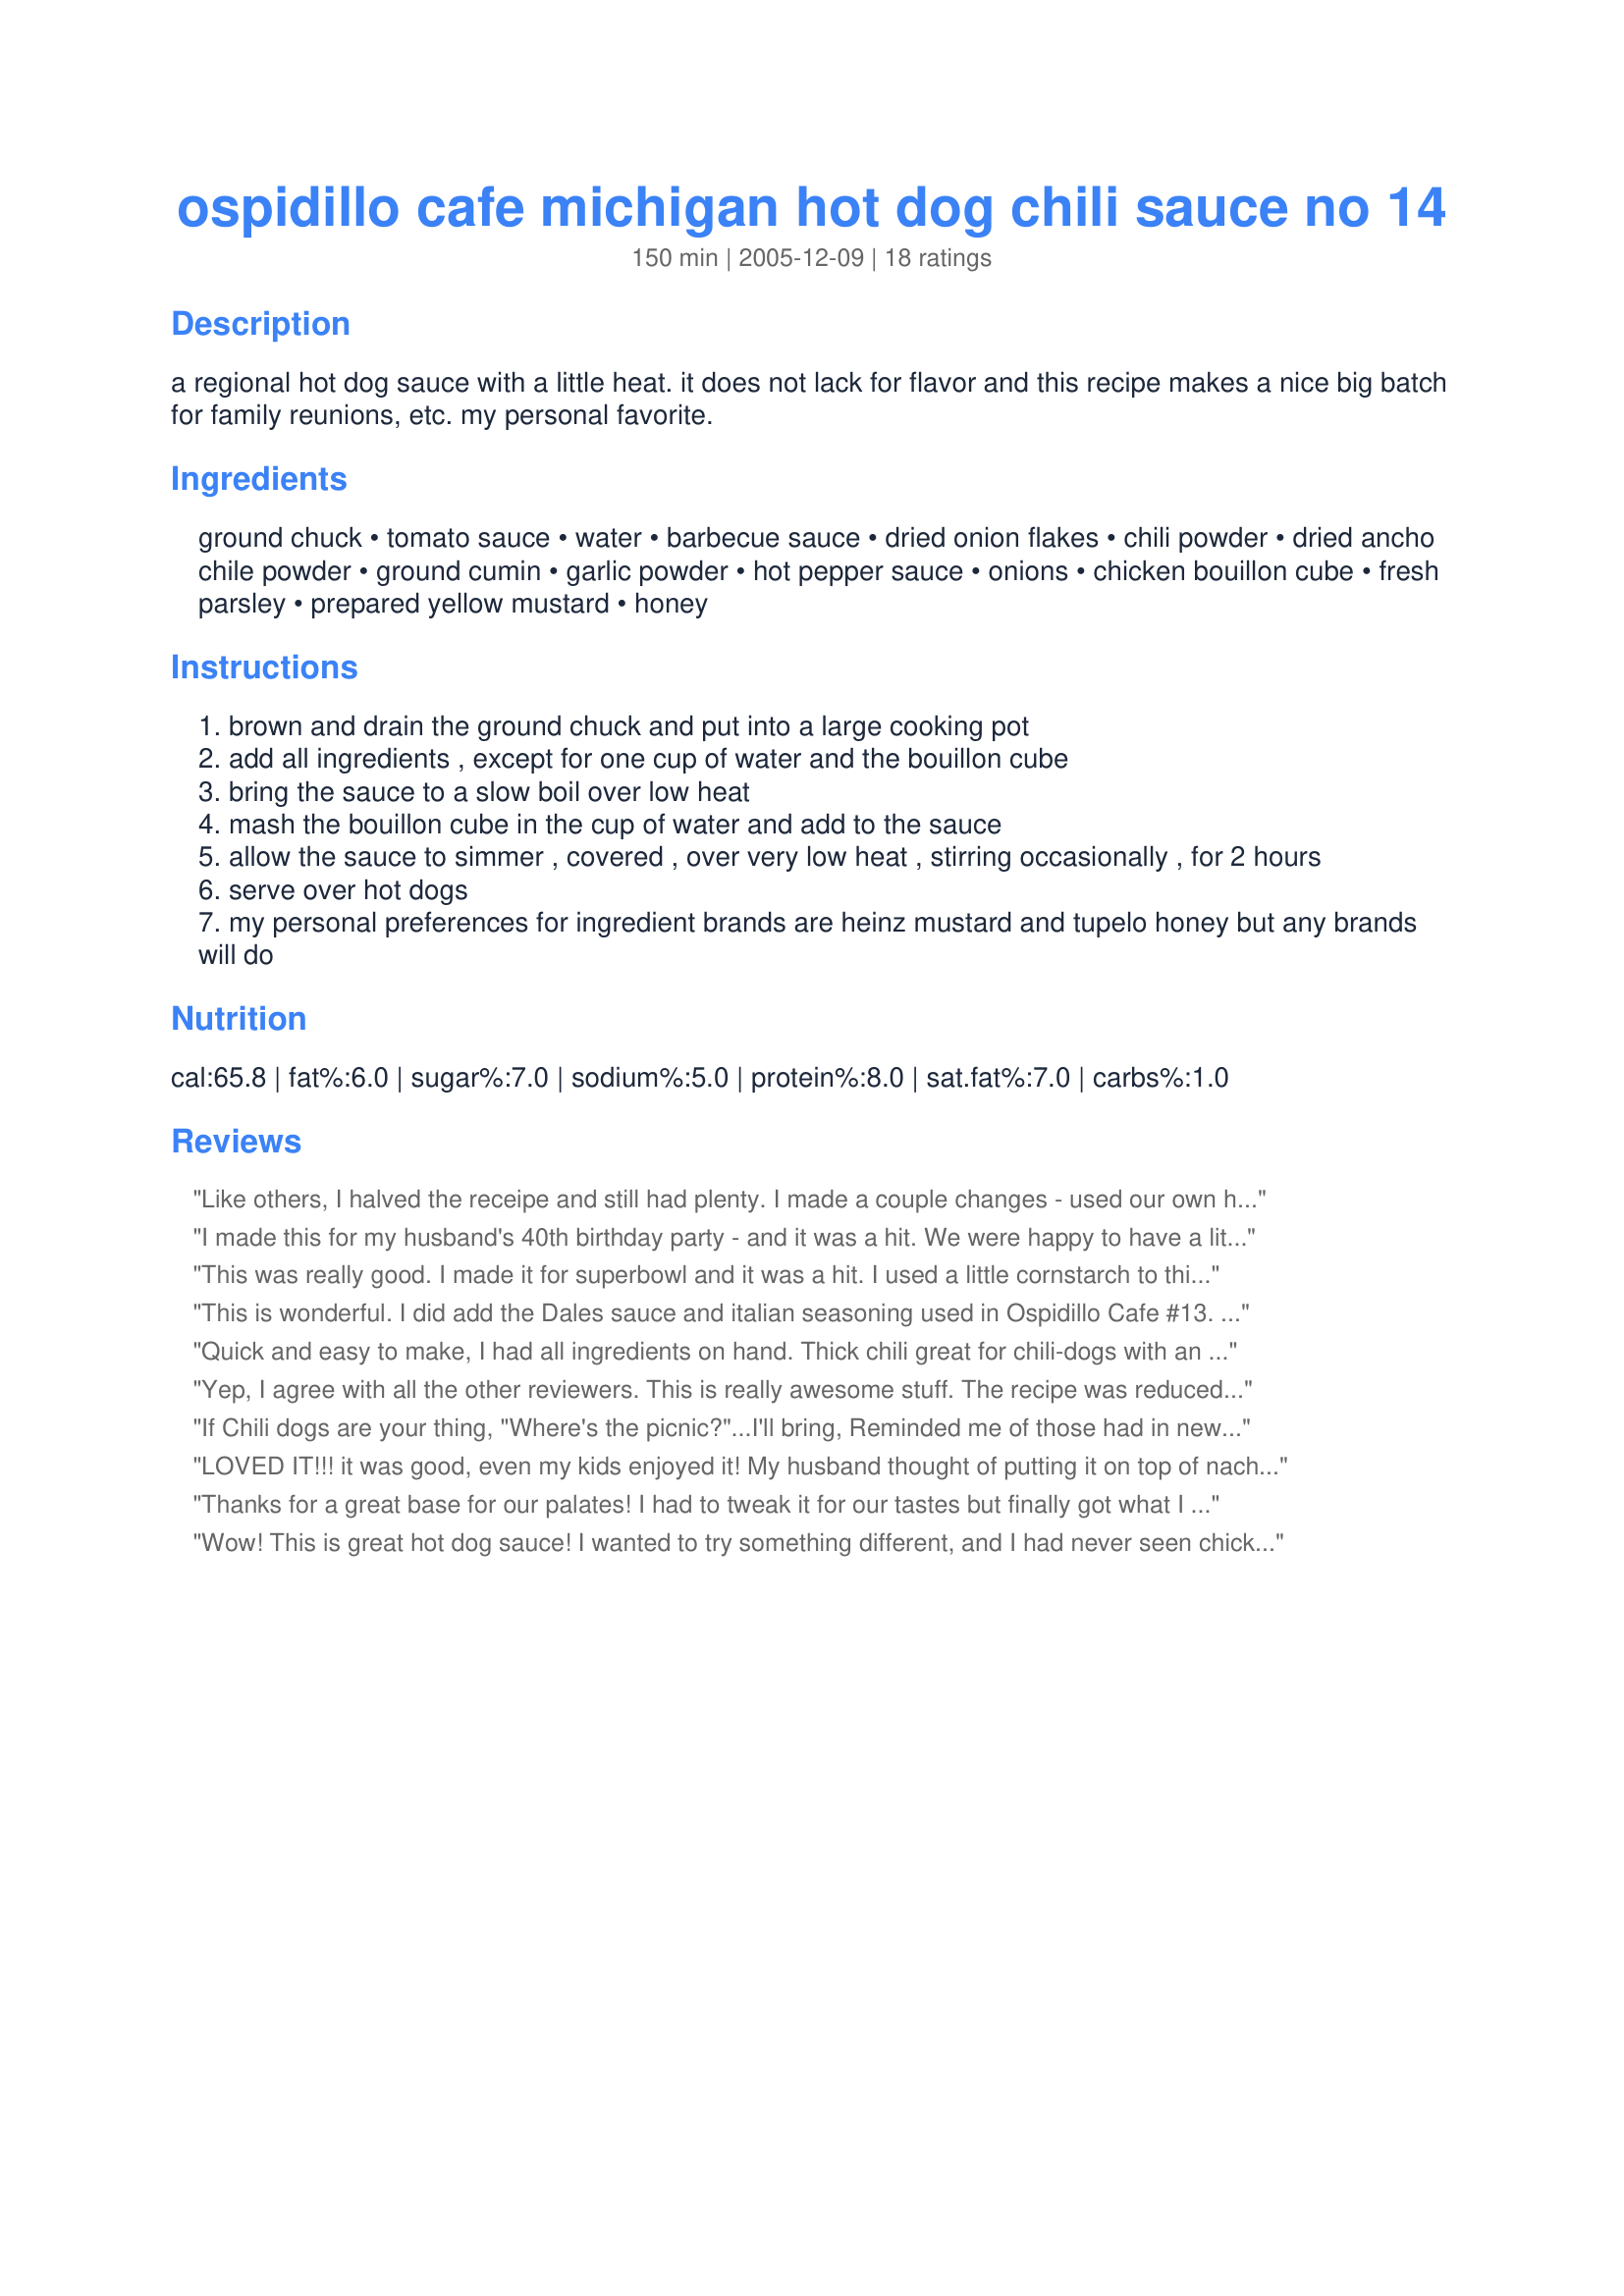
ospidillo cafe michigan hot dog chili sauce no 14
Preparation time: 150 minutes

a regional hot dog sauce with a little heat. it does not lack for flavor and this recipe makes a nice big batch for family reunions, etc. my personal favorite.

Ingredients:
ground chuck, tomato sauce, water, barbecue sauce, dried onion flakes, chili powder, dried ancho chile powder, ground cumin, garlic powder, hot pepper sauce, onions, chicken bouillon cube, fresh parsley, prepared yellow mustard, honey

Steps:
brown and drain the ground chuck and put into a large cooking pot
add all ingredients , except for one cup of water and the bouillon cube
bring the sauce to a slow boil over low heat
mash the bouillon cube in the cup of water and add to the sauce
allow the sauce to simmer , covered , over very low heat , stirring occasionally , for 2 hours
serve over hot dogs
my personal preferences for ingredient brands are heinz mustard and tupelo honey but any brands will do

Reviews:
Like others, I halved the receipe and still had plenty. I made a couple changes - used our own home-grown tomatoes & a bit of puree instead of tomato sauce and added smoked paprika and used fresh garlic and added a splash of worchester sauce (which I add to most tomato based things). It worked well with the dogs - unfortunately in Scotland we can only get bog-standard thin, prepackaged hotdogs, no proper Chicago style or similar, but it still made a good meal. And the chilli sauce can stand on its own as chilli, I think.
I made this for my husband's 40th birthday party - and it was a hit. We were happy to have a little leftover for ourselves - and hot dogs to spare. Very tasty and will make again - it does make a BIG batch. The only changes/modifications I made were: I used ground round, I doubled the hot pepper sauce, and I used a potato masher to even out the consistency. I cooled it and froze it and it reheated quite well. Thank you, thank you.
This was really good. I made it for superbowl and it was a hit.
I used a little cornstarch to thicken it up (i like my chil thick) and then we used it on hot dogs and for nachos. I used ground turkey and it came out great! Wasn't hot at all though.
This is wonderful. I did add the Dales sauce and italian seasoning used in Ospidillo Cafe #13. DH tasted it before it even had a chance to simmer and raved about it. I used three pounds of meat and increased the spices accordingly because I am going to can it. I have a feeling we will be eating a lot of hot dogs.
Quick and easy to make, I had all ingredients on hand. Thick chili great for chili-dogs with an awesome flavor.
Yep, I agree with all the other reviewers. This is really awesome stuff. The recipe was reduced substantially. Next time I may just make a full batch and freeze it. After getting into the recipe I realized I didn't have chicken bouillon cubes so left those out. After doing a taste taste, I did add in a pinch of salt and some freshly ground pepper. Made for the Diabetic Forum and the 2nd Annual Tailgate Party.
If Chili dogs are your thing,
"Where's the picnic?"...I'll bring,
Reminded me of those had in new York, TRUE!
Didn't have dried ancho powder..used a double dose of HOT Cayenne pepper too!
LOVED IT!!! it was good, even my kids enjoyed it! My husband thought of putting it on top of nachos and it was wondderful!Thank you thank you for posting, it was absolutely wonderful!
Thanks for a great base for our palates! I had to tweak it for our tastes but finally got what I was looking for. since this was my first time i decreased the recipe by half on the amounts originally. I cooked the onion with the meat, drained it well then let it spin around the food processor a few times to thin out the meat much like the canned chili consistency. I used a 15 oz can of tomato sauce, increased the chili powders, garlic powder, cumin, hot sauce and mustard. I added 1/2t salt and 2 T worcestershire. of course I made the recipe as written but kept adding alittle more of this and that and tasting until I was satisfied. finally got what I wanted without to much variation. the original just didn't pack the flavor I was looking for but it was still good. By the way my 1/2 sized recipes made just over 4 cups of chili. I froze it by cup fulls for later use. next time we will double the recipe. and maybe I will try fresh garlic to pack a bigger flavor. Thanks for sharing this!
Wow! This is great hot dog sauce! I wanted to try something different, and I had never seen chicken bouillon or honey in hot dog sauce before. We will definitely make this again! Thanks from another Scioto County native!
For years I have yearned to be reunited with a very special food...something we Hoosiers call "spanish sauce". I grew up in a small northern Indiana town and we had 3 drive-in hot dog stands...all unique in their own way. Spanish dogs were just a way of life there. Each of these family-owned hot dog stands had their very own special home-made family recipe sauce and albiet close, each had it's own special taste...but all were great in their own way. Some people were only "west end" sauce eaters...others strictly "east end". Then there were those "south side" saucies who dared to cross the tracks to the other side and away from the "standard" sauce of the region. I know it sounds silly...but hot dog sauce was serious where I grew up. MY POINT?? I haven't lived in my home town for almost 20 years now...going back only now and then at which time we absolutely do not miss the opportunity to stop and get some spanish dogs. I DON'T HAVE TO EVER WAIT TO GO HOME AGAIN!! I have attempted 4 other times with recipes that I thought might be a good substitute only to be disappointed. YOU, my dear dear fellow zaarian, have hit the proverbial nail on the head! It is not 100%...but let me tell you...99.99876% doesn't get any closer..and we'll take it!! Ironically...that's the glory of dog sauce. Each is unique in it's own way and yours falls right into place. 

The night I made this my husband and I sat at the table with our plate of dogs and not a word was spoken. That said it all!! With the exception of the ancho chili powder, which I could not find for my first batch but will for future batches, I followed your recipe word for word. The one thing I did as far as technique was to take my stick blender (motor boat thingy) and make the sauce a smoother consistency to mimic our favorite "south side" sauce from back home. For anyone who wishes to partake in the glory of this dog sauce, may I suggest the traditional long skinnies (type of dog) and very hot steamed buns (slightly open buns, cut side down, wrapped in a kitchen towel on top of a cooling rack that you have placed over the pot of boiling dogs). 

So, in a nutshell I apologize for the book-length review, but there was really no other way to express to you our gratitude for your fantastic "dog sauce" recipe. My freezer will never be without it for the rest of my cooking life! Thanks again for your great "trip down memory lane" recipe! :)
AWESOME sauce!! we all loved it. Thanks bunches for the recipe!
Wonderful hot dog sauce...my BF thought this was just great. Will make again. Thanks!
WONDERFUL! Similar to another reviewer, I also grew up in Indiana. This sauce is so delicious, and reminds me of when I was young and my mom always wanted "real" chili dogs. The sauce is fantastic! The only thing I added was a bit of brown sugar- my bbq sauce wasn't too sweet. It is great! Thanks so much for sharing.
It tasted great, just enough heat in it! thank you!
Just made this recipe and it is great!! The only thing I did different was I added 1 Tbsp. tomato paste to thicken. I couldn't wait the 2 hours for it to thicken. Also I add 1 more tsp. garlic powder. Thanks can't wait to try it on nachos!!
Fantastic chili sauce! My whole family loved it!&lt;br/&gt;Thank you so much for the recipe!!!
YUMMMMMMMY! made this yesterday and left it in the fridge overnight to blend the flavors. I served the sauce today on jumbo hotdogs, then topped them off with onions. I used yellow onions in the sauce and LOTS of fresh garlic in place of garlic powder, added in hot chili flakes for more heat and omitted the parsley, just delicious! thanks Bone Man, we loved it!...Kitten:)
